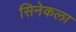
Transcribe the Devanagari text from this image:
सिनेकला